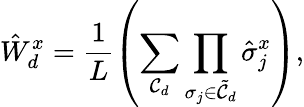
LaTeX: \hat{W}_{d}^{x}=\frac{1}{L}\left(\sum_{\mathcal{C}_{d}}\prod_{\sigma_{j}\in\tilde{\mathcal{C}}_{d}}\hat{\sigma}_{j}^{x}\right),